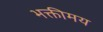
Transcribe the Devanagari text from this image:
भक्तीमय